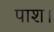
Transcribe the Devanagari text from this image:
पाश।